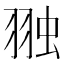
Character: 𮶋